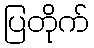
ပြတိုက်